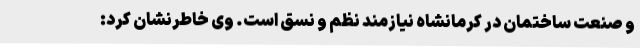
و صنعت ساختمان در کرمانشاه نیازمند نظم و نسق است. وی خاطرنشان کرد: